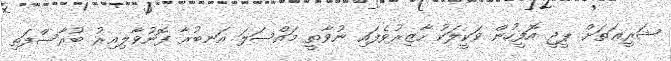
ޝަރީޢަތަށް ޕީޖީ އޮފީހުން ވަކީލަކު ހާޒިރުވެފައި ނުވާތީ މައްސަލަ އަނބުރާ ފޮނުވާލިއިރު ބުރާސްފަތި